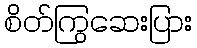
စိတ်ကြွဆေးပြား